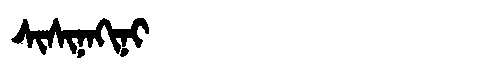
Manchu: ᠰᡳᠰᡳᠨᠠᡴᡳᠨᡳ
Romanization: SISINAKINI